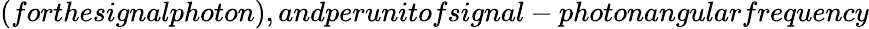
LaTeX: (forthesignalphoton),andperunitofsignal-photonangularfrequency